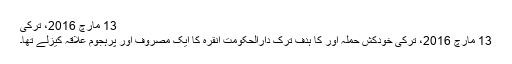
13 مارچ 2016، ترکی
13 مارچ 2016، ترکی خودکش حملہ آور کا ہدف ترک دارالحکومت انقرہ کا ایک مصروف اور پرہجوم علاقہ کیزلے تھا۔